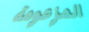
المزعومة